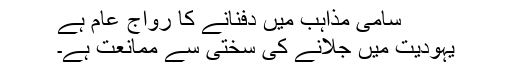
سامی مذاہب میں دفنانے کا رواج عام ہے
یہودیت میں جلانے کی سختی سے ممانعت ہے۔